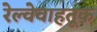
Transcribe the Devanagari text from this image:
रेल्वेवाहतूक